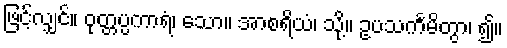
ဖြင့်လျှင်။ ဝုတ္တပ္ပကာရံ၊ သော။ အာစရိယံ၊ သို့။ ဥပသင်္ကမိတွာ၊ ၍။